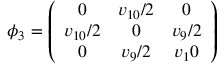
\phi _ { 3 } = \left( \begin{array} { c c c } { { 0 } } & { { v _ { 1 0 } / 2 } } & { { 0 } } \\ { { v _ { 1 0 } / 2 } } & { { 0 } } & { { v _ { 9 } / 2 } } \\ { { 0 } } & { { v _ { 9 } / 2 } } & { { v _ { 1 } 0 } } \end{array} \right)